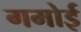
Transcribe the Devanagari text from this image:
गमोई